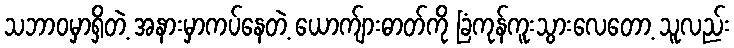
သဘာဝမှာရှိတဲ့ အနားမှာကပ်နေတဲ့ ယောက်ျားဓာတ်ကို ခြံကုန်ကူးသွားလေတော့ သူလည်း